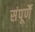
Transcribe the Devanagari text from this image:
संपूर्णै